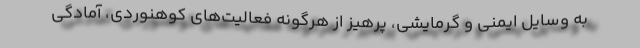
به وسایل ایمنی و گرمایشی، پرهیز از هرگونه فعالیت‌های کوهنوردی، آمادگی